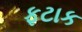
ફટાક